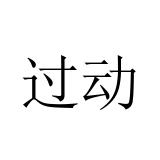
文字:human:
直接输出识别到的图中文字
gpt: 过动